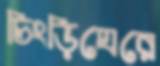
চিংড়িঘেরে